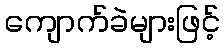
ကျောက်ခဲများဖြင့်